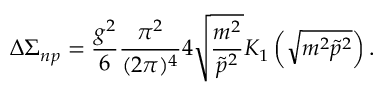
\Delta \Sigma _ { n p } = \frac { g ^ { 2 } } 6 \frac { \pi ^ { 2 } } { ( 2 \pi ) ^ { 4 } } 4 \sqrt { \frac { m ^ { 2 } } { \tilde { p } ^ { 2 } } } K _ { 1 } \left( \sqrt { m ^ { 2 } \tilde { p } ^ { 2 } } \right) .